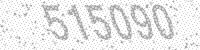
Solution: 515090